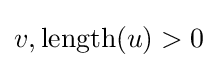
v,\operatorname {length} (u)>0